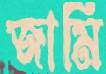
জামি